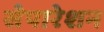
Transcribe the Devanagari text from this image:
सेपारेशन